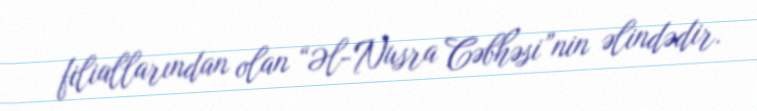
filiallarından olan “Əl-Nusra Cəbhəsi”nin əlindədir.